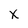
Character: X